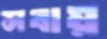
সবায়